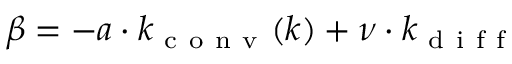
\beta = - a \cdot k _ { \mathrm { ~ c ~ o ~ n ~ v ~ } } ( k ) + \nu \cdot k _ { \mathrm { ~ d ~ i ~ f ~ f ~ } }